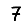
Digit: 7